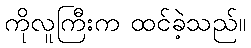
ကိုလူကြီးက ထင်ခဲ့သည်။